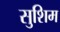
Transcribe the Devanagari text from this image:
सुशिम